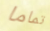
تماما